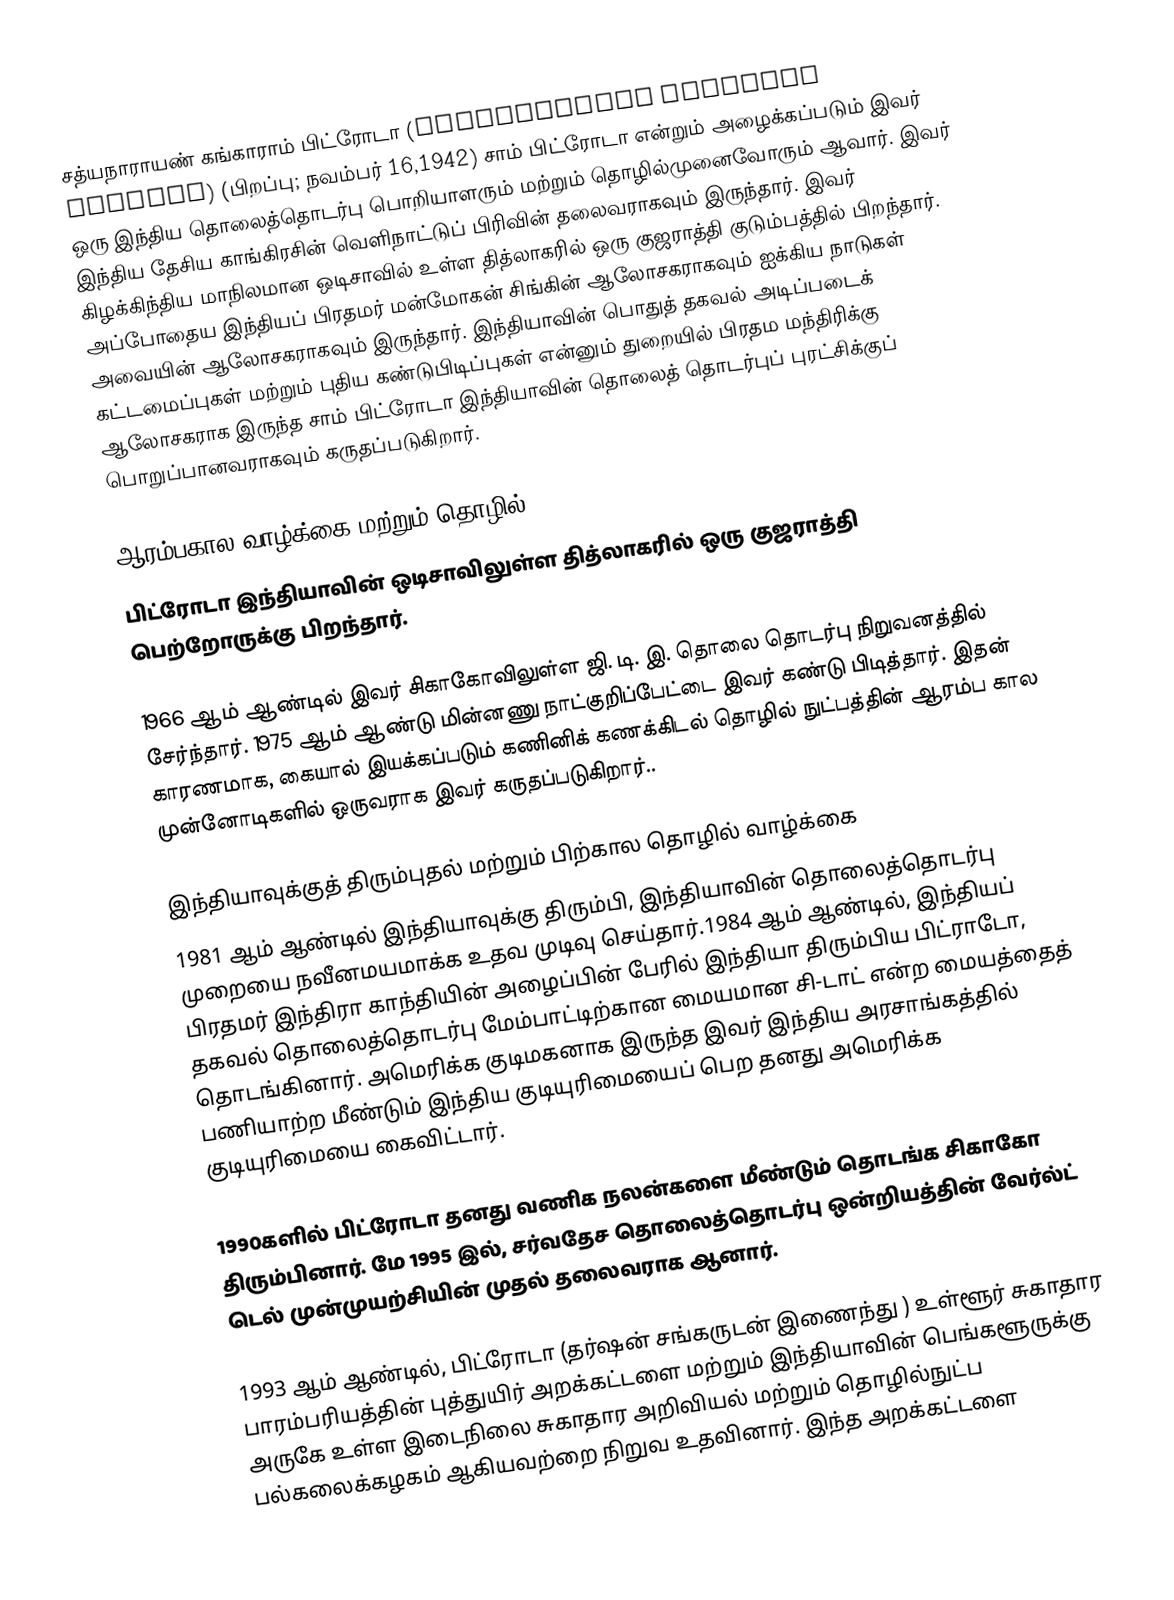
சத்யநாராயண் கங்காராம் பிட்ரோடா (Satyanarayan Gangaram Pitroda) (பிறப்பு; நவம்பர் 16,1942) சாம் பிட்ரோடா என்றும் அழைக்கப்படும் இவர் ஒரு இந்திய தொலைத்தொடர்பு பொறியாளரும் மற்றும் தொழில்முனைவோரும் ஆவார். இவர் இந்திய தேசிய காங்கிரசின் வெளிநாட்டுப் பிரிவின் தலைவராகவும் இருந்தார். இவர் கிழக்கிந்திய மாநிலமான ஒடிசாவில் உள்ள தித்லாகரில் ஒரு குஜராத்தி குடும்பத்தில் பிறந்தார். அப்போதைய இந்தியப் பிரதமர் மன்மோகன் சிங்கின் ஆலோசகராகவும் ஐக்கிய நாடுகள் அவையின் ஆலோசகராகவும் இருந்தார். இந்தியாவின் பொதுத் தகவல் அடிப்படைக் கட்டமைப்புகள் மற்றும் புதிய கண்டுபிடிப்புகள் என்னும் துறையில் பிரதம மந்திரிக்கு ஆலோசகராக இருந்த சாம் பிட்ரோடா இந்தியாவின் தொலைத் தொடர்புப் புரட்சிக்குப் பொறுப்பானவராகவும் கருதப்படுகிறார்.

ஆரம்பகால வாழ்க்கை மற்றும் தொழில்
பிட்ரோடா இந்தியாவின் ஒடிசாவிலுள்ள தித்லாகரில் ஒரு குஜராத்தி பெற்றோருக்கு பிறந்தார்.

1966 ஆம் ஆண்டில் இவர் சிகாகோவிலுள்ள ஜி. டி. இ. தொலை தொடர்பு நிறுவனத்தில் சேர்ந்தார். 1975 ஆம் ஆண்டு மின்னணு நாட்குறிப்பேட்டை இவர் கண்டு பிடித்தார். இதன் காரணமாக, கையால் இயக்கப்படும் கணினிக் கணக்கிடல் தொழில் நுட்பத்தின் ஆரம்ப கால முன்னோடிகளில் ஒருவராக இவர் கருதப்படுகிறார்..

இந்தியாவுக்குத் திரும்புதல் மற்றும் பிற்கால தொழில் வாழ்க்கை
1981 ஆம் ஆண்டில் இந்தியாவுக்கு திரும்பி, இந்தியாவின் தொலைத்தொடர்பு முறையை நவீனமயமாக்க உதவ முடிவு செய்தார்.1984 ஆம் ஆண்டில், இந்தியப் பிரதமர் இந்திரா காந்தியின் அழைப்பின் பேரில் இந்தியா திரும்பிய பிட்ராடோ, தகவல் தொலைத்தொடர்பு மேம்பாட்டிற்கான மையமான சி-டாட் என்ற மையத்தைத் தொடங்கினார். அமெரிக்க குடிமகனாக இருந்த இவர் இந்திய அரசாங்கத்தில் பணியாற்ற மீண்டும் இந்திய குடியுரிமையைப் பெற தனது அமெரிக்க குடியுரிமையை கைவிட்டார்.

1990களில் பிட்ரோடா தனது வணிக நலன்களை மீண்டும் தொடங்க சிகாகோ திரும்பினார். மே 1995 இல், சர்வதேச தொலைத்தொடர்பு ஒன்றியத்தின் வேர்ல்ட் டெல் முன்முயற்சியின் முதல் தலைவராக ஆனார்.

1993 ஆம் ஆண்டில், பிட்ரோடா (தர்ஷன் சங்கருடன் இணைந்து ) உள்ளூர் சுகாதார பாரம்பரியத்தின் புத்துயிர் அறக்கட்டளை மற்றும் இந்தியாவின் பெங்களூருக்கு அருகே உள்ள இடைநிலை சுகாதார அறிவியல் மற்றும் தொழில்நுட்ப பல்கலைக்கழகம் ஆகியவற்றை நிறுவ உதவினார். இந்த அறக்கட்டளை